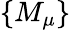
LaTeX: \{ M_{\mu}\}